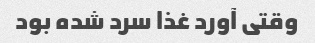
وقتی آورد غذا سرد شده بود